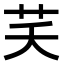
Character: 芺